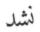
نشد